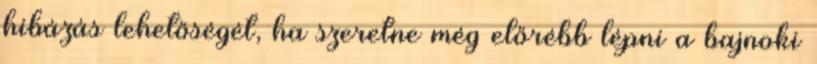
hibázás lehetőségét, ha szeretne még előrébb lépni a bajnoki